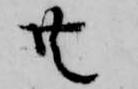
共